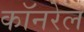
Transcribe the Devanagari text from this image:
कॉनरेल